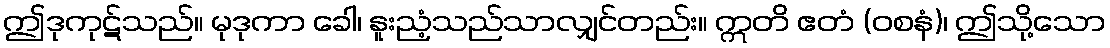
ဤဒုကုဋ်သည်။ မုဒုကာ ခေါ၊ နူးညံ့သည်သာလျှင်တည်း။ ဣတိ ဧတံ (ဝစနံ)၊ ဤသို့သော